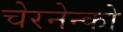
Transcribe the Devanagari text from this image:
चेरनेन्को